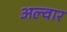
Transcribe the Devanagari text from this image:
अल्वार